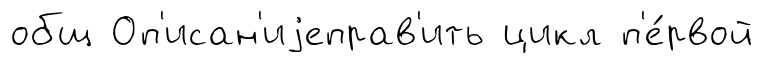
общ Оп'исан'иjеправ'ить цикл п'е́рвой